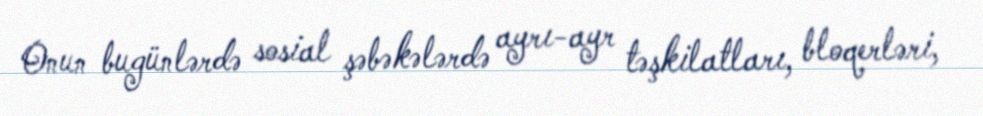
Onun bugünlərdə sosial şəbəkələrdə ayrı-ayr təşkilatları, bloqerləri,